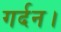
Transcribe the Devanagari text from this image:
गर्दन।